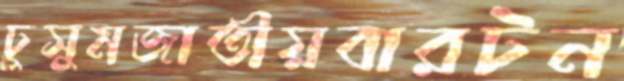
ঢুসুমজাতীয়বারটন